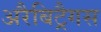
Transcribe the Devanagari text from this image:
अरैबिट्रैगस